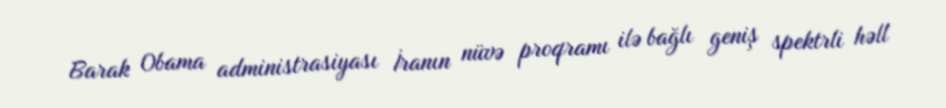
Barak Obama administrasiyası İranın nüvə proqramı ilə bağlı geniş spektrli həll